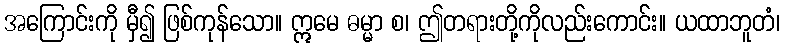
အကြောင်းကို မှီ၍ ဖြစ်ကုန်သော။ ဣမေ ဓမ္မာ စ၊ ဤတရားတို့ကိုလည်းကောင်း။ ယထာဘူတံ၊